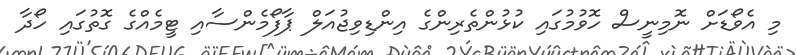
މި އެވޯޑަށް ނޮމިނީސް ހޮވުމުގައި ކުޅުންތެރިންގެ އިންޑިވިޖުއަލް ޕާފޯމެންސާއި ޓީމެއްގެ ގޮތުގައި ހޯދާ